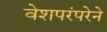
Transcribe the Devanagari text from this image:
वेशपरंपरेने